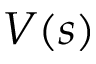
V ( s )